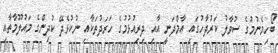
ބޯހިމެނުމުގެ ސުވާލު ކަރުދާހުގައި އާމްދަނީ އާއި ދިރިއުޅުމުގެ ހަރަދުތަކާއި ނުކުޅެދޭ ކުދިންގެ މައުލޫމާތާއި